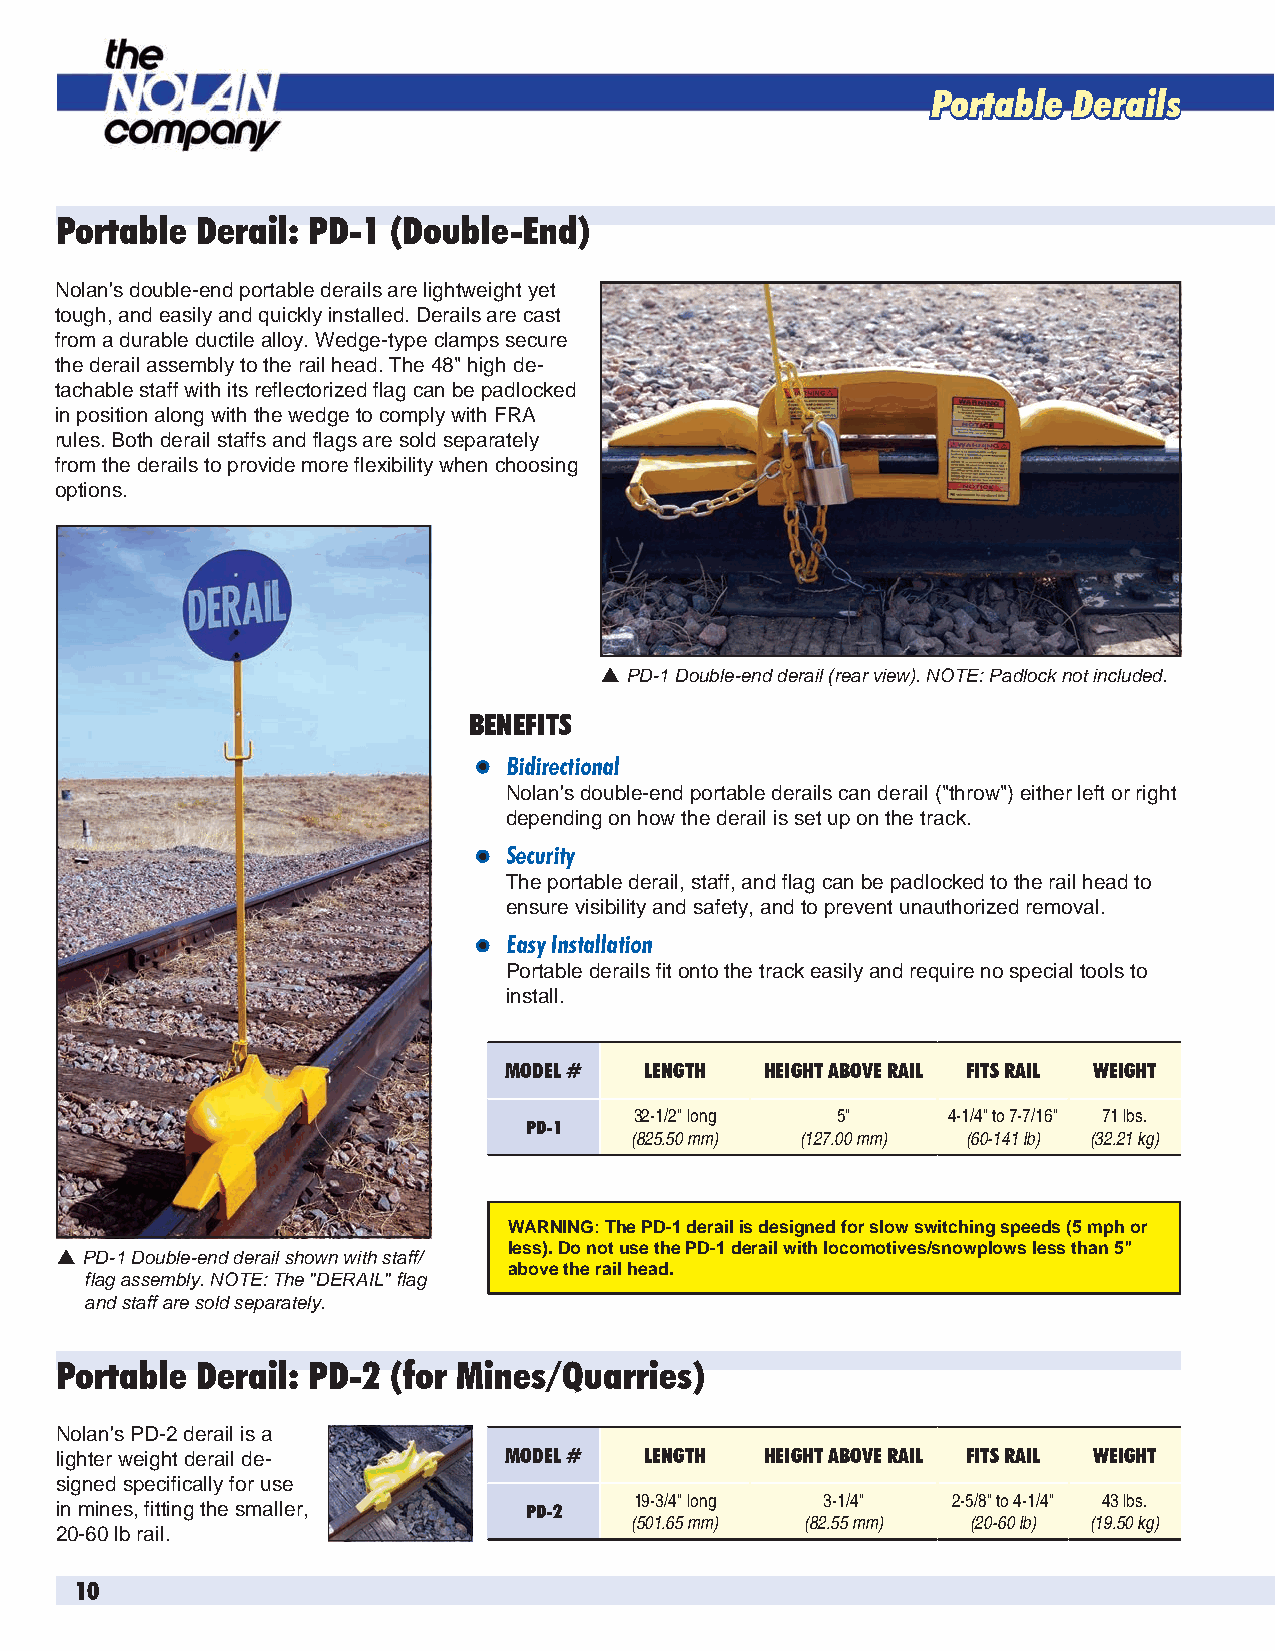
Portable Derails
 Portable Derail: PD-1 (Double-End)
 Nolan's double-end portable derails are lightweight yet
 tough, and easily and quickly installed. Derails are cast
 from a durable ductile alloy. Wedge-type clamps secure
 the derail assembly to the rail head. The 48" high de-
 tachable staff with its reflectorized flag can be padlocked
 in position along with the wedge to comply with FRA
 rules. Both derail staffs and flags are sold separately
 from the derails to provide more flexibility when choosing
 options.
  PD-1 Double-end derail (rear view). NOTE: Padlock not included.
 BENEFITS
 l Bidirectional
 Nolan's double-end portable derails can derail ("throw") either left or right
 depending on how the derail is set up on the track.
 l Security
 The portable derail, staff, and flag can be padlocked to the rail head to
 ensure visibility and safety, and to prevent unauthorized removal.
 l Easy Installation
 Portable derails fit onto the track easily and require no special tools to
 install.
 MODEL #   LENGTH  HEIGHT ABOVE RAIL FITS RAIL WEIGHT
 32-1/2" long 5"      4-1/4" to 7-7/16" 71 lbs.
 PD-1
 (825.50 mm) (127.00 mm) (60-141 lb) (32.21 kg)
 WARNING: The PD-1 derail is designed for slow switching speeds (5 mph or
 less). Do not use the PD-1 derail with locomotives/snowplows less than 5"
  PD-1 Double-end derail shown with staff/
 above the rail head.
 flag assembly. NOTE: The "DERAIL" flag
 and staff are sold separately.
 Portable Derail: PD-2 (for Mines/Quarries)
 Nolan's PD-2 derail is a
 lighter weight derail de-    MODEL #   LENGTH  HEIGHT ABOVE RAIL FITS RAIL WEIGHT
 signed specifically for use
 19-3/4" long 3-1/4"  2-5/8" to 4-1/4" 43 lbs.
 in mines, fitting the smaller, PD-2
 (501.65 mm) (82.55 mm) (20-60 lb) (19.50 kg)
 20-60 lb rail.
 10